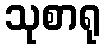
သုစာရု